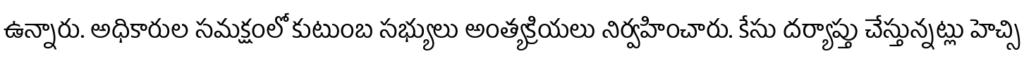
ఉన్నారు. అధికారుల సమక్షంలో కుటుంబ సభ్యులు అంత్యక్రియలు నిర్వహించారు. కేసు దర్యాప్తు చేస్తున్నట్లు హెచ్సి